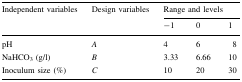
<table><thead><tr><td rowspan="2"><b>Independent variables</b></td><td rowspan="2"><b>Design variables</b></td><td colspan="3"><b>Range and levels</b></td></tr><tr><td><b>−1</b></td><td><b>0</b></td><td><b>1</b></td></tr></thead><tbody><tr><td>pH</td><td><i>A</i></td><td>4</td><td>6</td><td>8</td></tr><tr><td>NaHCO<sub>3</sub> (g/l)</td><td><i>B</i></td><td>3.33</td><td>6.66</td><td>10</td></tr><tr><td>Inoculum size (%)</td><td><i>C</i></td><td>10</td><td>20</td><td>30</td></tr></tbody></table>